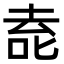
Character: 唟